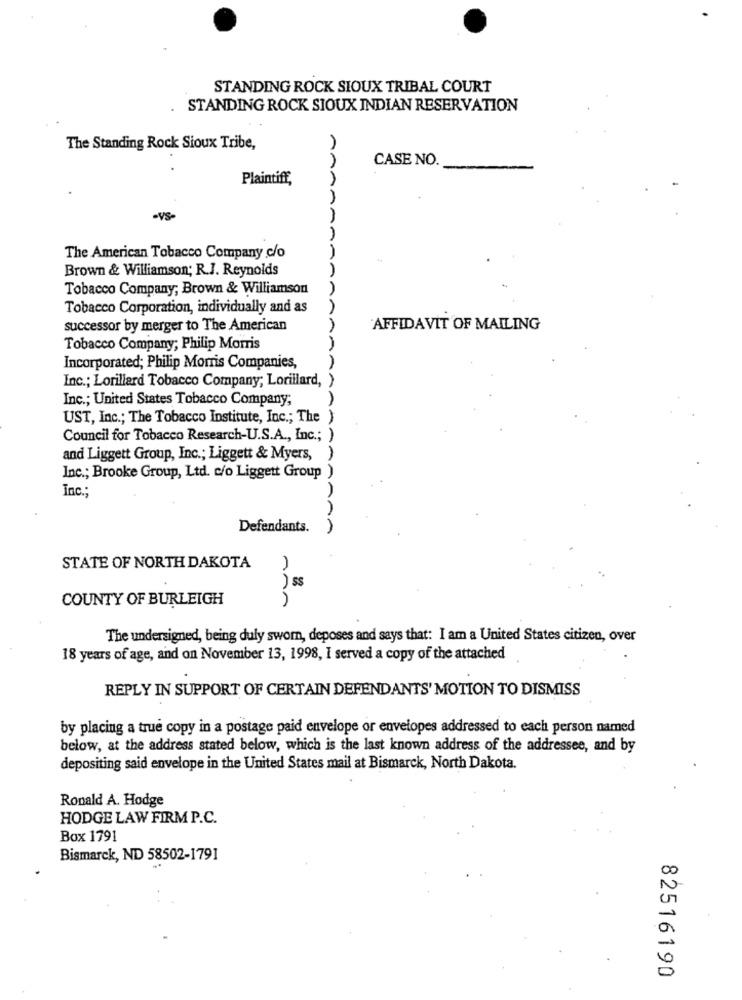
STANDING ROCK SIOUX TRIBAL COURT
STANDING ROCK SIOUX INDIAN RESERVATION
The Standing Rock Sioux Tribe,
CASE NO.
Plaintiff,
MA
The American Tobacco Company c/o
Brown & Williamson; R.J. Reynolds
AA
Tobacco Company, Brown & Williamson
Tobacco Corporation, individually and as
successor by merger to The American
AFFIDAVIT OF MAILING
Tobacco Company; Philip Morris
Incorporated; Philip Morris Companies,
Inc .; Lorillard Tobacco Company; Lorillard, )
Inc .; United States Tobacco Company;
AAA
UST, Inc .; The Tobacco Institute, Inc .; The )
Council for Tobacco Research-U.S.A ., Inc .; )
and Liggett Group, Inc .; Liggett & Myers,
1
Inc .; Brooke Group, Ltd. c/o Liggett Group
Inc .;
Defendants.
AA
STATE OF NORTH DAKOTA
)ss
COUNTY OF BURLEIGH
non
The undersigned, being duly sworn, deposes and says that: I am a United States citizen, over
18 years of age, and on November 13, 1998, I served a copy of the attached
REPLY IN SUPPORT OF CERTAIN DEFENDANTS' MOTION TO DISMISS
by placing a true copy in a postage paid envelope or envelopes addressed to each person named
below, at the address stated below, which is the last known address of the addressee, and by
depositing said envelope in the United States mail at Bismarck, North Dakota.
Ronald A. Hodge
HODGE LAW FIRM P.C.
Box 1791
Bismarck, ND 58502-1791
82516190